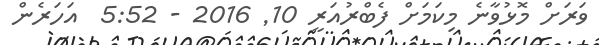
ވަރަށް މޮޅުވާނެ މިކަމަށް ފެބްރުއަރީ 10